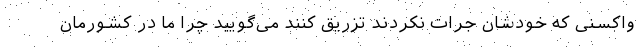
واکسنی که خودشان جرات نکردند تزریق کنند می‌گویید چرا ما در کشورمان